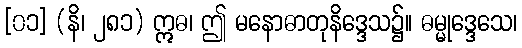
[၀၁] (နိ၊ ၂၈၁) ဣဓ၊ ဤ မနောဓာတုနိဒ္ဒေသ၌။ ဓမ္မုဒ္ဒေသေ၊